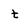
Character: t